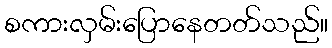
စကားလှမ်းပြောနေတတ်သည်။